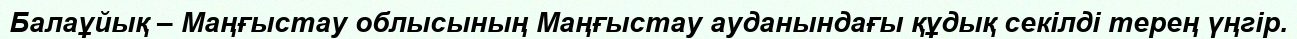
Балаұйық – Маңғыстау облысының Маңғыстау ауданындағы құдық секілді терең үңгір.